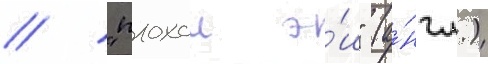
// "плохои э́ш" (а́нгл.)